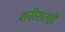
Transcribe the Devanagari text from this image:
शरीरातही